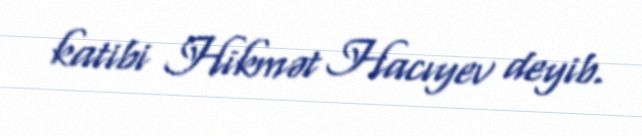
katibi Hikmət Hacıyev deyib.